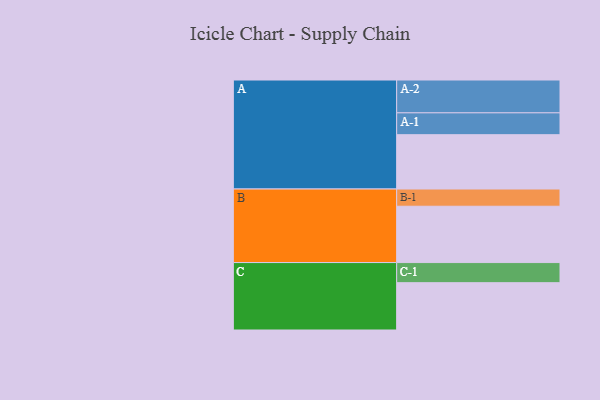
{"axis": {"x": "Segment", "y": "Value"}, "legend": ["", "A", "B", "C"], "data": [{"x": "A", "y": 435, "type": ""}, {"x": "B", "y": 451, "type": ""}, {"x": "C", "y": 379, "type": ""}, {"x": "A-1", "y": 175, "type": "A"}, {"x": "A-2", "y": 263, "type": "A"}, {"x": "B-1", "y": 138, "type": "B"}, {"x": "C-1", "y": 161, "type": "C"}]}